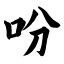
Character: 吩